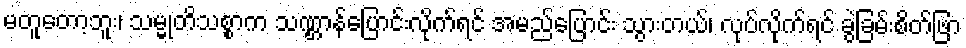
မတူတော့ဘူး၊ သမ္မုတိသစ္စာက သဏ္ဌာန်ပြောင်းလိုက်ရင် အမည်ပြောင်း သွားတယ်၊ လုပ်လိုက်ရင် ခွဲခြမ်းစိတ်ဖြာ